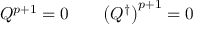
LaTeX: Q ^ { p + 1 } = 0 \qquad \bigl ( Q ^ { \dagger } \bigr ) ^ { p + 1 } = 0